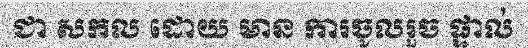
ជា សកល ដោយ មាន ការចូលរួច ផ្ទាល់